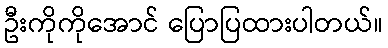
ဦးကိုကိုအောင် ပြောပြထားပါတယ်။